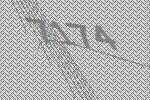
7174